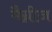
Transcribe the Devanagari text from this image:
मैग्नीज़